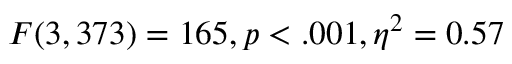
F ( 3 , 3 7 3 ) = 1 6 5 , p < . 0 0 1 , \eta ^ { 2 } = 0 . 5 7